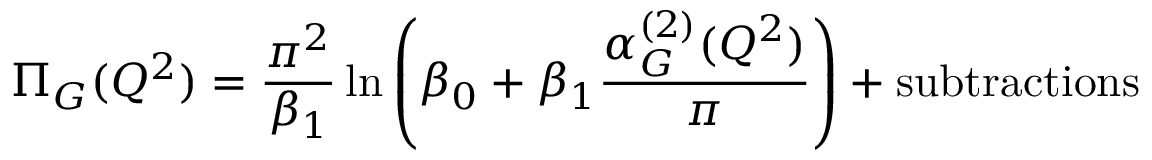
\Pi _ { G } ( Q ^ { 2 } ) = \frac { \pi ^ { 2 } } { \beta _ { 1 } } \ln \left( \beta _ { 0 } + \beta _ { 1 } \frac { \alpha _ { G } ^ { ( 2 ) } ( Q ^ { 2 } ) } { \pi } \right) + \mathrm { s u b t r a c t i o n s }